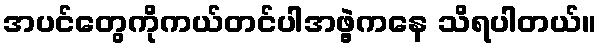
အပင်တွေကိုကယ်တင်ပါအဖွဲ့ကနေ သိရပါတယ်။